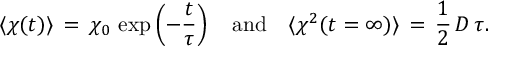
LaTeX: \langle \chi ( t ) \rangle \, = \, \chi _ { 0 } \, \exp \left( - \frac { t } { \tau } \right) \quad \mathrm { a n d } \quad \langle \chi ^ { 2 } ( t = \infty ) \rangle \, = \, \frac { 1 } { 2 } \, D \, \tau .